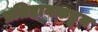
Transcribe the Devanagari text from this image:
प्रतिष्ठानकडून